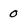
Character: 0